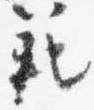
範